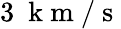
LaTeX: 3~\mathrm{~k~m~}/\mathrm{~s~}